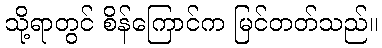
သို့ရာတွင် စိန်ကြောင်က မြင်တတ်သည်။